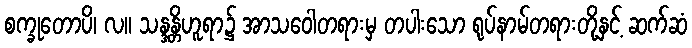
စက္ခုတောပိ၊ လ။ သန္ဒန္တိဟူရာ၌ အာသဝေါတရားမှ တပါးသော ရုပ်နာမ်တရားတို့နှင့် ဆက်ဆံ